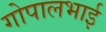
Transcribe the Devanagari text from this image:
गोपालभाई